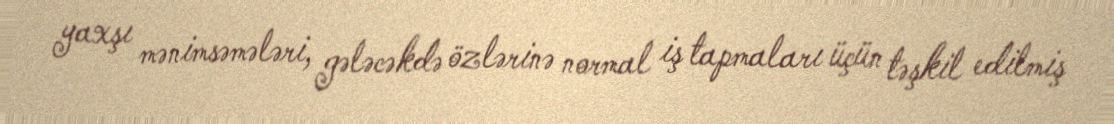
yaxşı mənimsəmələri, gələcəkdə özlərinə normal iş tapmaları üçün təşkil edilmiş